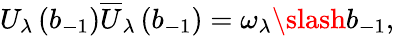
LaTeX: U_{\lambda}\left(b_{-1}\right)\overline{{{U}}}_{\lambda}\left(b_{-1}\right)=\omega_{\lambda}\slash{b}_{-1},